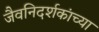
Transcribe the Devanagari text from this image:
जैवनिदर्शकांच्या